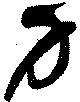
力